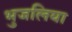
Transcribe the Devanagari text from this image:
भुजलिया